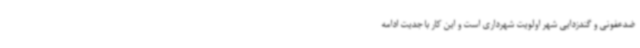
ضدعفونی و گندزدایی شهر اولویت شهرداری است و این کار با جدیت ادامه